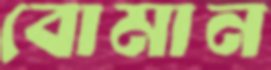
বোমান